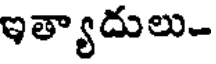
ఇత్యాదులు-